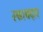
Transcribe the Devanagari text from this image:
रकाबदार